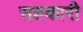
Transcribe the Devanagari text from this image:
सह्कारी